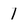
Character: 1